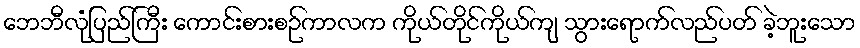
ဘေဘီလုံပြည်ကြီး ကောင်းစားစဉ်ကာလက ကိုယ်တိုင်ကိုယ်ကျ သွားရောက်လည်ပတ် ခဲ့ဘူးသော